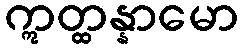
ဣတ္ထန္နာမော